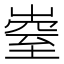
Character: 𡼄